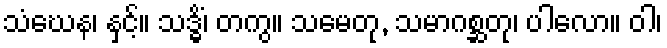
သံဃေန၊ နှင့်။ သဒ္ဓိံ၊ တကွ။ သမေတု, သမာဂစ္ဆတု၊ ပါလော။ ဝါ၊